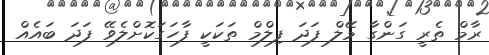
ރާމް ތެރީ ގަންގާ މޭލް ފަދަ ފިލްމް ތަކަކީ ފާހަގަކޮށްލެވޭ ފަދަ ބައެއް